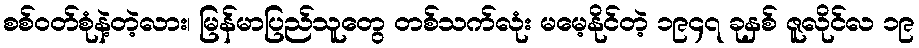
စစ်ဝတ်စုံနဲ့တဲ့လား၊ မြန်မာပြည်သူတွေ တစ်သက်လုံး မမေ့နိုင်တဲ့ ၁၉၄၇ ခုနှစ် ဇူလိုင်လ ၁၉